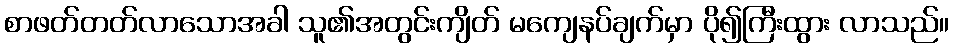
စာဖတ်တတ်လာသောအခါ သူ၏အတွင်းကျိတ် မကျေနပ်ချက်မှာ ပို၍ကြီးထွား လာသည်။